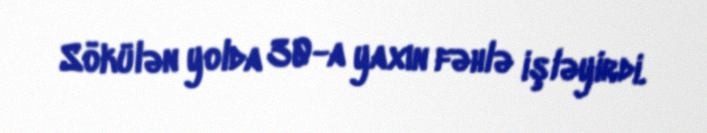
Sökülən yolda 30-a yaxın fəhlə işləyirdi.